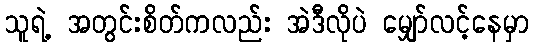
သူရဲ့ အတွင်းစိတ်ကလည်း အဲဒီလိုပဲ မျှော်လင့်နေမှာ